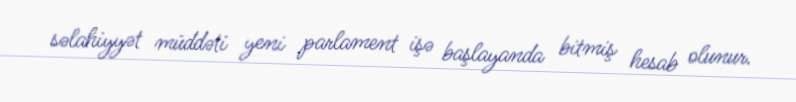
səlahiyyət müddəti yeni parlament işə başlayanda bitmiş hesab olunur.